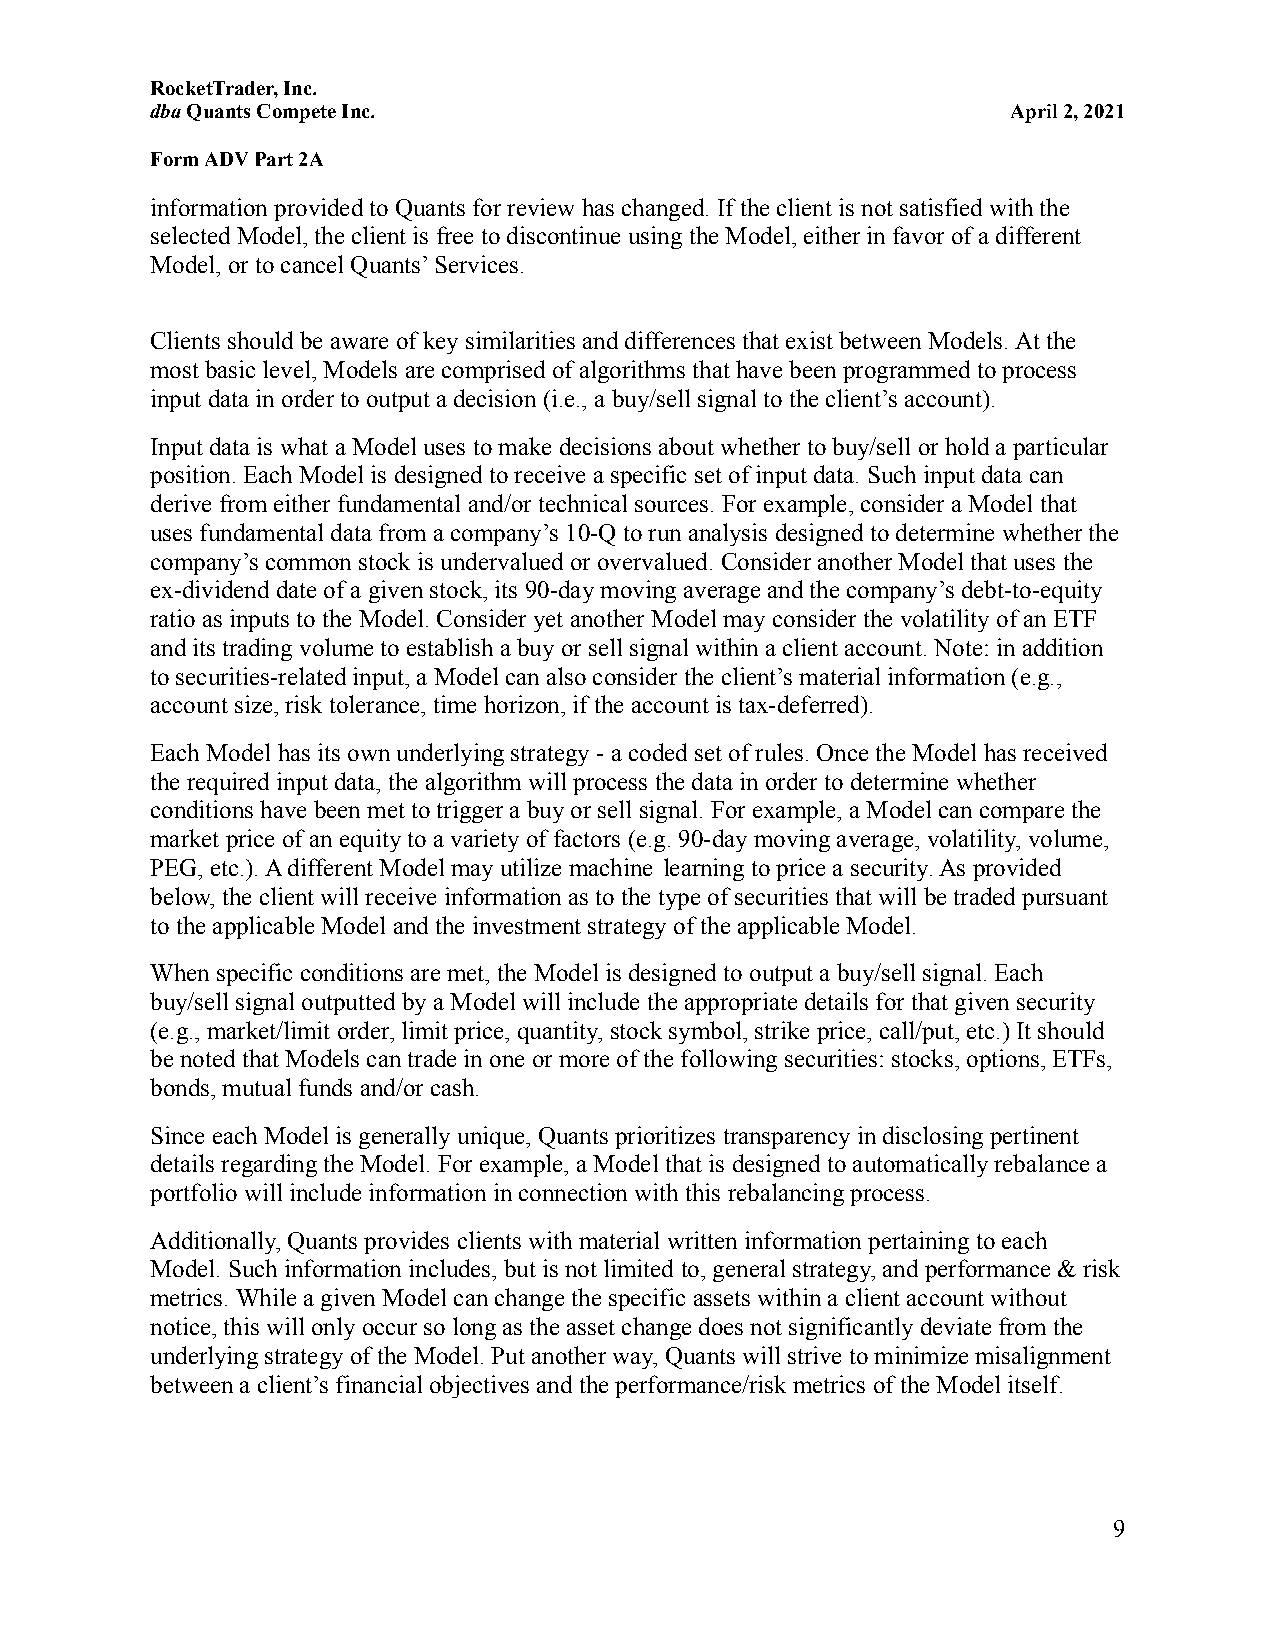
RocketTrader, Inc.
 dbaQuants Compete Inc.                                   April 2, 2021
 Form ADV Part 2A
 information provided to Quants for review has changed. If the client is not satisfied with the
 selected Model, the client is free to discontinueusing the Model, either in favor of a different
 Model, or to cancel Quants’ Services.
 Clients should be aware of key similarities and differences that exist between Models. At the
 most basic level, Models are comprised of algorithmsthat have been programmed to process
 input data in order to output a decision (i.e., abuy/sell signal to the client’s account).
 Input data is what a Model uses to make decisions about whether to buy/sell or hold a particular
 position. Each Model is designed to receive a specific set of input data. Such input data can
 derive from either fundamental and/or technical sources.For example, consider a Model that
 uses fundamental data from a company’s 10-Q to runanalysis designed to determine whether the
 company’s common stock is undervalued or overvalued. Consider another Model that uses the
 ex-dividend date of a given stock, its 90-day movingaverage and the company’s debt-to-equity
 ratio as inputs to the Model. Consider yet another Model may consider the volatility of an ETF
 and its trading volume to establish a buy or sell signal within a client account. Note: in addition
 to securities-related input, a Model can also considerthe client’s material information (e.g.,
 account size, risk tolerance, time horizon, if theaccount is tax-deferred).
 Each Model has its own underlying strategy - a codedset of rules. Once the Model has received
 the required input data, the algorithm will process the data in order to determine whether
 conditions have been met to trigger a buy or sell signal. For example, a Model can compare the
 market price of an equity to a variety of factors (e.g. 90-day moving average, volatility, volume,
 PEG, etc.). A different Model may utilize machine learning to price a security. As provided
 below, the client will receive information as to the type of securities that will be traded pursuant
 to the applicable Model and the investment strategy of the applicable Model.
 When specific conditions are met, the Model is designedto output a buy/sell signal. Each
 buy/sell signal outputted by a Model will include the appropriate details for that given security
 (e.g., market/limit order, limit price, quantity, stock symbol, strike price, call/put, etc.) It should
 be noted that Models can trade in one or more of thefollowing securities: stocks, options, ETFs,
 bonds, mutual funds and/or cash.
 Since each Model is generally unique, Quants prioritizestransparency in disclosing pertinent
 details regarding the Model. For example, a Modelthat is designed to automatically rebalance a
 portfolio will include information in connection withthis rebalancing process.
 Additionally, Quants provides clients with material written information pertaining to each
 Model. Such information includes, but is not limited to, general strategy, and performance & risk
 metrics. While a given Model can change the specific assets within a client account without
 notice, this will only occur so long as the assetchange does not significantly deviate from the
 underlying strategy of the Model. Put another way,Quants will strive to minimize misalignment
 between a client’s financial objectives and the performance/riskmetrics of the Model itself.
 9